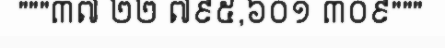
"""៣៧ ២២ ៧៩៥,៦០១ ៣០៩"""